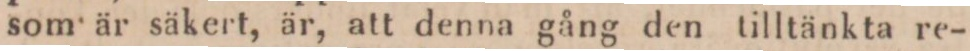
som är säkert, är, att denna gång den tilltänkta re-